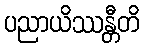
ပညာယိဿန္တီတိ